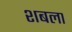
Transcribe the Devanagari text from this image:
शबला